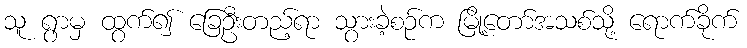
သူ ရွာမှ ထွက်၍ ခြေဦးတည့်ရာ သွားခဲ့စဉ်က မြို့တော်အသစ်သို့ ရောက်ခိုက်